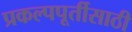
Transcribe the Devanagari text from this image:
प्रकल्पपूर्तीसाठी